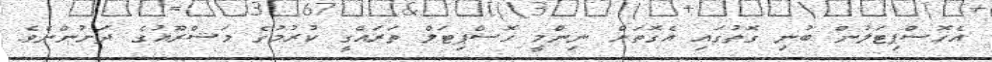
އެހޮސްޕިޓަލުން ބުނި ގޮތުގައި އެގޮތަށް ނިންމީ ހޮސްޕިޓަލް ތަރައްގީ ކުރުމުގެ މަޝްރޫއުގެ ދަށުންނެވެ.